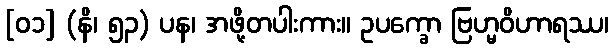
[၀၁] (နိ၊ ၅၃) ပန၊ အဖို့တပါးကား။ ဥပက္ခော ဗြဟ္မဝိဟာရဿ၊